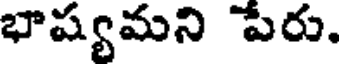
భాష్యమని పేరు.